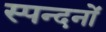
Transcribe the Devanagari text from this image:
स्पन्दनों